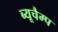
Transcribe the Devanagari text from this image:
ब्यूचैम्प